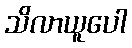
သိလာယူပေါ